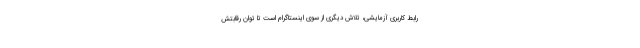
رابط کاربری آزمایشی، تلاش دیگری از سوی اینستاگرام است تا توان رقابتش